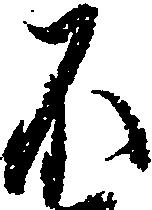
不